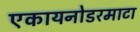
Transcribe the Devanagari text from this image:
एकायनोडरमाटा